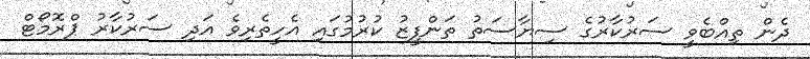
ދެން ތިއްބެވީ ސަރުކާރުގެ ސިޔާސަތު ތަންފީޒު ކުރުމުގައި އެހީތެރިވެ އަދި ސަރުކާރު ޕްރޮމޯޓް